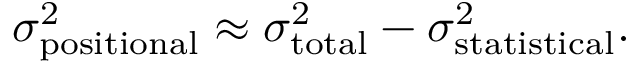
\sigma _ { \mathrm { p o s i t i o n a l } } ^ { 2 } \approx \sigma _ { \mathrm { t o t a l } } ^ { 2 } - \sigma _ { \mathrm { s t a t i s t i c a l } } ^ { 2 } .